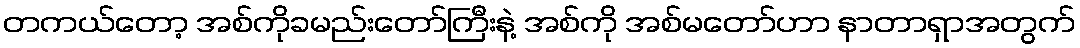
တကယ်တော့ အစ်ကိုခမည်းတော်ကြီးနဲ့ အစ်ကို အစ်မတော်ဟာ နာတာရှာအတွက်